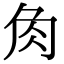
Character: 𧢲